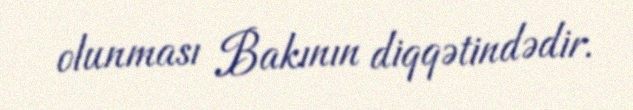
olunması Bakının diqqətindədir.